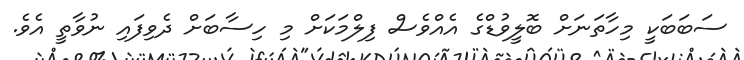
ސަބަބަކީ މިހާތަނަށް ބޮލީވުޑްގެ އެއްވެސް ފިލްމަކަށް މި ހިސާބަށް ދެވިފައި ނުވާތީ އެވެ.